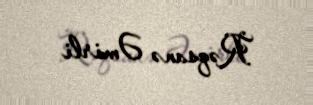
Rəqsanə Əmirli